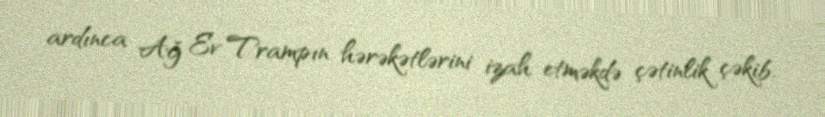
ardınca Ağ Ev Trampın hərəkətlərini izah etməkdə çətinlik çəkib.